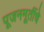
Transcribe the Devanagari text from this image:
पूजनमूर्तीचे